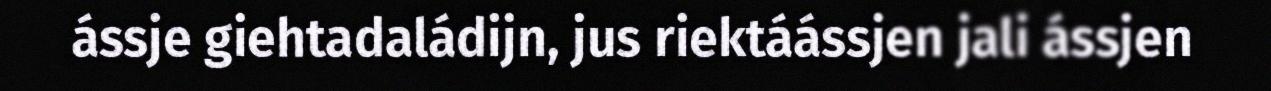
ássje giehtadaládijn, jus riektáássjen jali ássjen